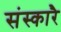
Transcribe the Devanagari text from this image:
संस्कारै